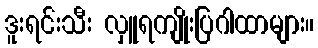
ဒူးရင်းသီး လှူရကျိုးပြဂါထာများ။